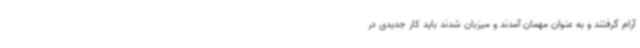
آرام گرفتند و به عنوان مهمان آمدند و میزبان شدند باید کار جدیدی در